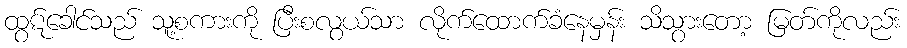
ထွဋ်ခေါင်သည် သူ့စကားကို ပြီးစလွယ်သာ လိုက်ထောက်ခံနေမှန်း သိသွားတော့ မြတ်ကိုလည်း